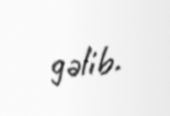
gəlib.